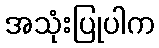
အသုံးပြုပါက